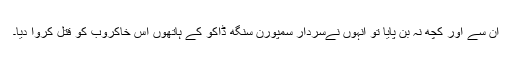
ان سے اور کچھ نہ بن پایا تو انہوں نےسردار سمپورن سنگھ ڈاکو کے ہاتھوں اس خاکروب کو قتل کروا دیا۔